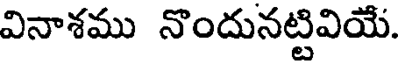
వినాశము నొందునట్టివియే.